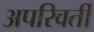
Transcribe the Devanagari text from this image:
अपरिवर्तीं